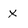
Character: x